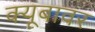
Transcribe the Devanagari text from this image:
क्यूबावर